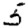
Digit: 5